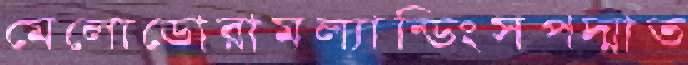
মেলোডোরামল্যান্ডিংসপদ্মাত